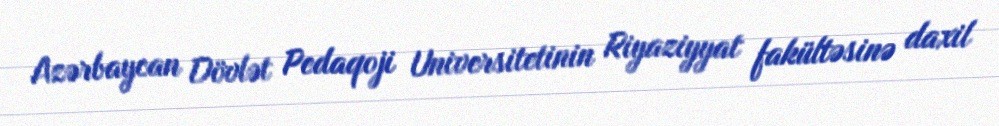
Azərbaycan Dövlət Pedaqoji Universitetinin Riyaziyyat fakültəsinə daxil